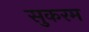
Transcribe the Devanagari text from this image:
सुकरम